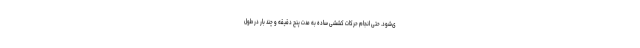
ی‌شود. حتی انجام حرکات کششی ساده به مدت پنج دقیقه و چند بار در طول